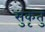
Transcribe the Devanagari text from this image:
सुकृतु